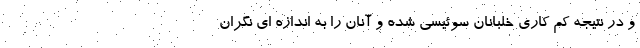
و در نتیجه کم کاری خلبانان سوئیسی شده و آنان را به اندازه ای نگران